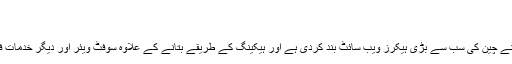
(06.11.2010)
چین کی سب سے بڑی ہیکنگ ویب سائٹ کی بندش
چین کے سرکاری میڈیا کے مطابق حال ہی میں پولیس نے چین کی سب سے بڑی ہیکرز ویب سائٹ بند کردی ہے اور ہیکینگ کے طریقے بتانے کے علاوہ سوفٹ ویئر اور دیگر خدمات فراہم کرنے کے الزام میں تین افراد کو گرفتار کر لیا ہے۔